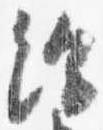
給